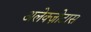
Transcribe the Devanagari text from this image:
अलेक्ज़ोटास